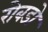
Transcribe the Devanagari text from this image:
रोबडो